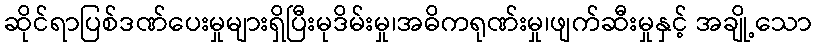
ဆိုင်ရာပြစ်ဒဏ်ပေးမှုများရှိပြီးမုဒိမ်းမှု၊အဓိကရုဏ်းမှု၊ဖျက်ဆီးမှုနှင့် အချို့သော